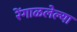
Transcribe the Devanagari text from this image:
रेंगाळलेल्या